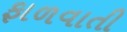
ફાળવાતી